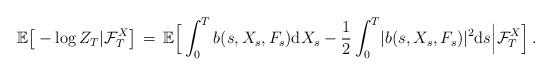
LaTeX: \begin{align*}\mathbb E \big[ {} - \log Z_{T} \vert \mathcal F_{T}^{X} \big] \, =\, \mathbb E \Big[ \int^{T}_{0} b(s, X_{s}, F_{s}) {\mathrm d} X_{s} - \frac{1}{2} \int^{T}_{0} \lvert b(s, X_{s}, F_{s}) \rvert^{2} {\mathrm d} s \Big \vert \mathcal F_{T}^{X}\Big] \, . \end{align*}